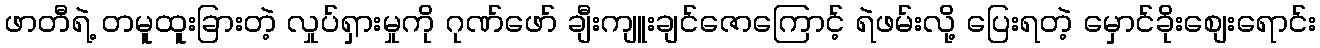
ဖာတီရဲ့ တမူထူးခြားတဲ့ လှုပ်ရှားမှုကို ဂုဏ်ဖော် ချီးကျူးချင်ဇောကြောင့် ရဲဖမ်းလို့ ပြေးရတဲ့ မှောင်ခိုးစျေးရောင်း